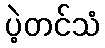
ပဲ့တင်သံ